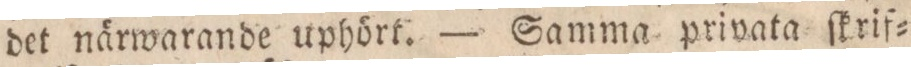
det närwarande uphört. — Samma privata ſkrif=